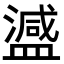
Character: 𬐴